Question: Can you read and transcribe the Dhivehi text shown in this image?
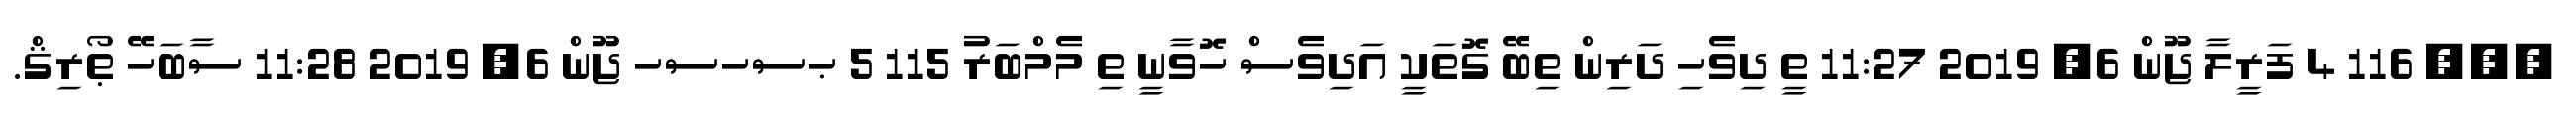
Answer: ??? 116 4 ފަރީލާ ޖޫން 6, 2019 11:27 ތީ ދިވެހި ދަރިން ތިބޭ ގޮތަކީ އަދިވެސް ހޮވާނީ ތި މެމްބަރު 115 5 ޙސހސހ ޖޫން 6, 2019 11:28 ސާބަހޭ ޠޯރިޤް.